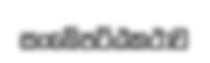
සංඛේපට්ඨකථාව